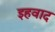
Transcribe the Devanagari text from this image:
इहवाद